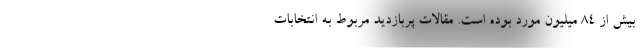
بیش از ۸۴ میلیون مورد بوده است. مقالات پربازدید مربوط به انتخابات